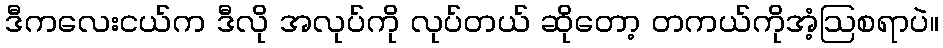
ဒီကလေးငယ်က ဒီလို အလုပ်ကို လုပ်တယ် ဆိုတော့ တကယ်ကိုအံ့ဩစရာပဲ။